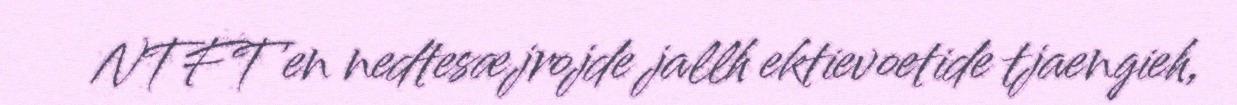
NTFT'en nedtesæjrojde jallh ektievoetide tjaengieh,